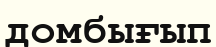
домбығып